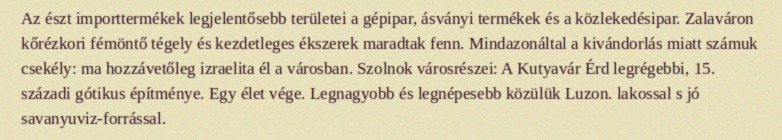
Az észt importtermékek legjelentősebb területei a gépipar, ásványi termékek és a közlekedésipar. Zalaváron kőrézkori fémöntő tégely és kezdetleges ékszerek maradtak fenn. Mindazonáltal a kivándorlás miatt számuk csekély: ma hozzávetőleg izraelita él a városban. Szolnok városrészei: A Kutyavár Érd legrégebbi, 15. századi gótikus építménye. Egy élet vége. Legnagyobb és legnépesebb közülük Luzon. lakossal s jó savanyuviz-forrással.